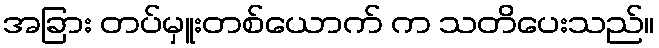
အခြား တပ်မှူးတစ်ယောက် က သတိပေးသည်။